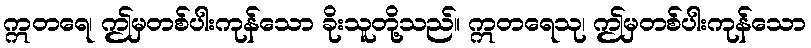
ဣတရေ၊ ဤမှတစ်ပါးကုန်သော ခိုးသူတို့သည်။ ဣတရေသု၊ ဤမှတစ်ပါးကုန်သော